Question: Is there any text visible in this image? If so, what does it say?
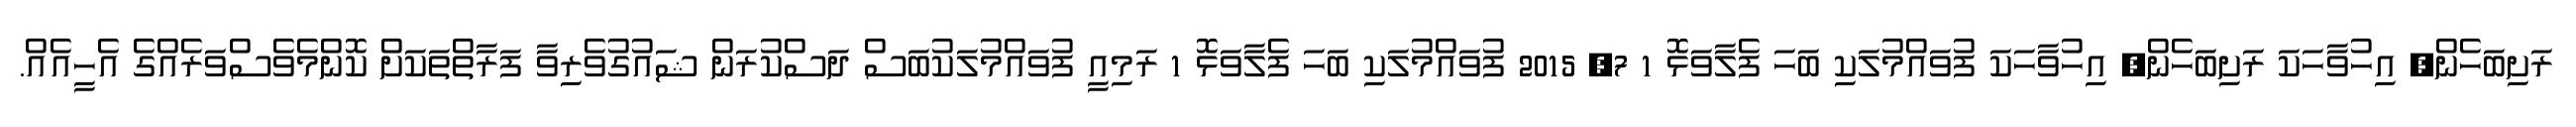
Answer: ރަށިބަހެން, އިހުވާހަކަ ރަށިބަހެން, އިހުވާހަކަ ފުވައްމުލަކި ބަހަ ފެލާވަޅޮ 1 7, 2015 ފުވައްމުލަކި ބަހަ ފެލާވަޅޮ 1 ރަމިއީ ފުވައްމުލަކުބަސް ދަސްކުރަން ޝައުގުވެރިވާ ފަރާތްތަކަށް ކޮންމެވެސްވަރެއްގެ އެހީއެއް.